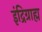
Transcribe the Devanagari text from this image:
इंद्रिग्राह्म